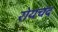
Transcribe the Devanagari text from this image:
रोयचंद